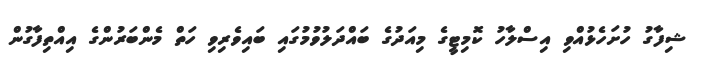
ޝިފާގު ހުށަހެޅުއްވި އިސްލާހު ކޮމިޓީގެ މިއަދުގެ ބައްދަލުވުމުގައި ބައިވެރިވި ހަތް މެންބަރުންގެ އިއްތިފާގުން